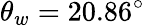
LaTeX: \theta_{w}=20.86^{\circ}